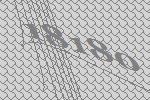
18180